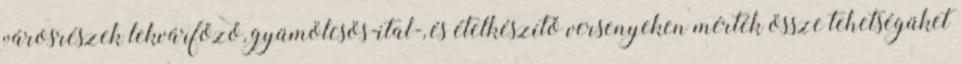
városrészek lekvárfőző, gyümölcsös-ital-, és ételkészítő versenyeken mérték össze tehetségüket